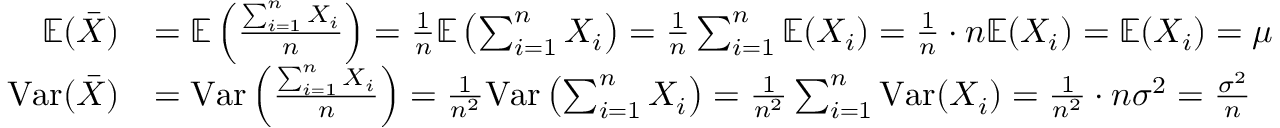
\begin{array} { r l } { \mathbb E ( \bar { X } ) } & { = \mathbb E \left( \frac { \sum _ { i = 1 } ^ { n } X _ { i } } { n } \right) = \frac 1 n \mathbb E \left( \sum _ { i = 1 } ^ { n } X _ { i } \right) = \frac 1 n \sum _ { i = 1 } ^ { n } \mathbb E ( X _ { i } ) = \frac 1 n \cdot n \mathbb E ( X _ { i } ) = \mathbb E ( X _ { i } ) = \mu } \\ { \mathrm { V a r } ( \bar { X } ) } & { = \mathrm { V a r } \left( \frac { \sum _ { i = 1 } ^ { n } X _ { i } } { n } \right) = \frac { 1 } { n ^ { 2 } } \mathrm { V a r } \left( \sum _ { i = 1 } ^ { n } X _ { i } \right) = \frac 1 { n ^ { 2 } } \sum _ { i = 1 } ^ { n } \mathrm { V a r } ( X _ { i } ) = \frac 1 { n ^ { 2 } } \cdot n \sigma ^ { 2 } = \frac { \sigma ^ { 2 } } { n } } \end{array}